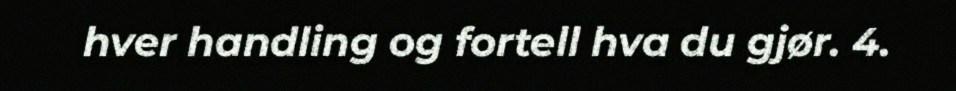
hver handling og fortell hva du gjør. 4.